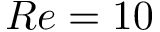
R e = 1 0